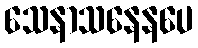
သေနာသနေနပေ